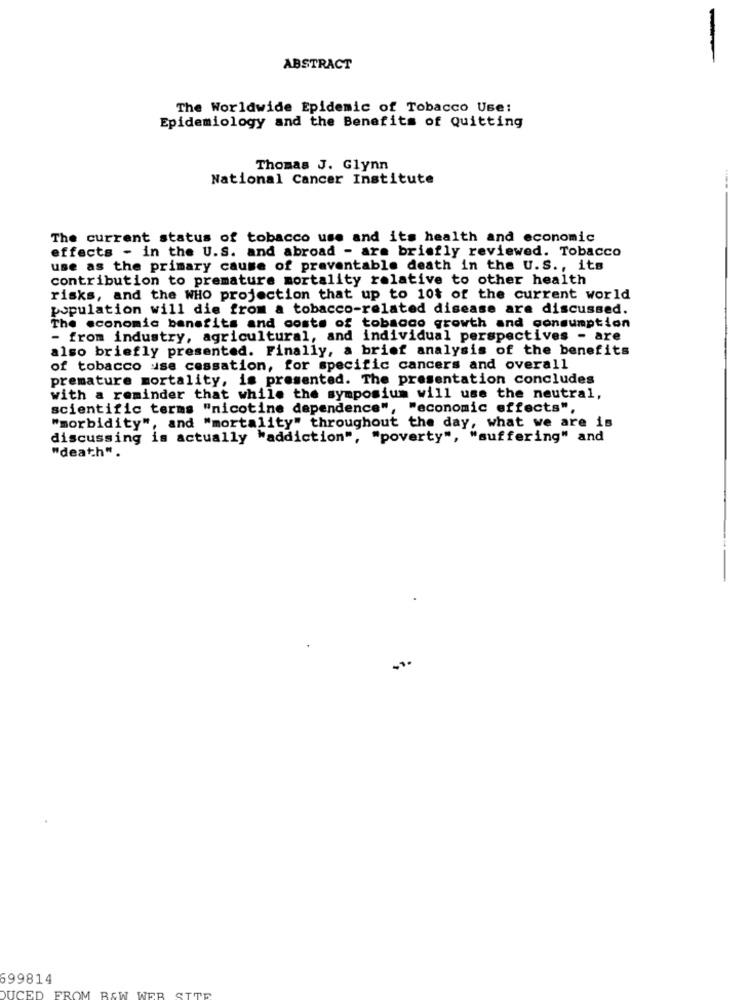
ABSTRACT
The Worldwide Epidemic of Tobacco Use:
Epidemiology and the Benefits of Quitting
Thomas J. Glynn
National Cancer Institute
The current status of tobacco use and its health and economic
effects - in the U.S. and abroad - are briefly reviewed. Tobacco
use as the primary cause of preventable death in the U.S ., its
contribution to premature mortality relative to other health
risks, and the WHO projection that up to 10t of the current world
population will die from a tobacco-related disease are discussed.
The economic benefits and costs of tobacco growth and consumption
- from industry, agricultural, and individual perspectives - are
also briefly presented. Finally, a brief analysis of the benefits
of tobacco use cessation, for specific cancers and overall
premature mortality, is presented. The presentation concludes
with a reminder that while the symposium will use the neutral,
scientific terms "nicotine dependence", "economic effects",
"morbidity", and "mortality" throughout the day, what we are is
discussing is actually "addiction", "poverty", "suffering" and
"death".
599814
DUCED
FROM BEW WEB
SITE